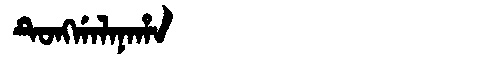
Manchu: ᡨᡠᠩᡤᠠᠯᠠᠨᠠᡥᠠ
Romanization: TUNGGALANAHA